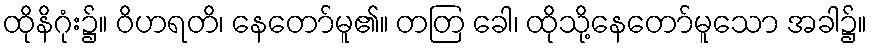
ထိုနိဂုံး၌။ ဝိဟရတိ၊ နေတော်မူ၏။ တတြ ခေါ၊ ထိုသို့နေတော်မူသော အခါ၌။